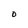
Character: 0